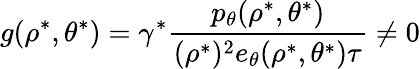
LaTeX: g(\rho^{\ast},\theta^{\ast})=\gamma^{\ast}\frac{p_{\theta}(\rho^{\ast},\theta^{\ast})}{(\rho^{\ast})^{2}e_{\theta}(\rho^{\ast},\theta^{\ast})\tau}\neq 0